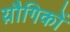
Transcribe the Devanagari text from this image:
य़ौगिकों